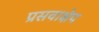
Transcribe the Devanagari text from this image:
प्रसवाक्षेप